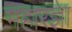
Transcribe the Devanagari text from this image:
महारज्ञा